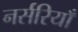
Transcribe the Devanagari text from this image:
नर्सरियाँ